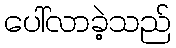
ပေါ်လာခဲ့သည်